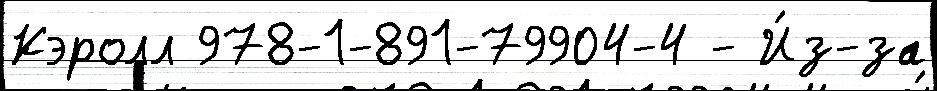
Кэролл 978-1-891-79904-4 - И́з-за